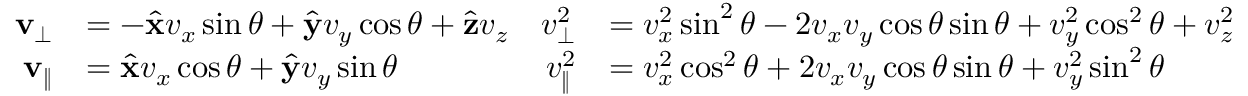
\begin{array} { r l r l } { \mathbf { v } _ { \perp } } & { = - \hat { \mathbf { x } } v _ { x } \sin \theta + \hat { \mathbf { y } } v _ { y } \cos \theta + \hat { \mathbf { z } } v _ { z } } & { v _ { \perp } ^ { 2 } } & { = v _ { x } ^ { 2 } \sin ^ { 2 } \theta - 2 v _ { x } v _ { y } \cos \theta \sin \theta + v _ { y } ^ { 2 } \cos ^ { 2 } \theta + v _ { z } ^ { 2 } } \\ { \mathbf { v } _ { \| } } & { = \hat { \mathbf { x } } v _ { x } \cos \theta + \hat { \mathbf { y } } v _ { y } \sin \theta } & { v _ { \| } ^ { 2 } } & { = v _ { x } ^ { 2 } \cos ^ { 2 } \theta + 2 v _ { x } v _ { y } \cos \theta \sin \theta + v _ { y } ^ { 2 } \sin ^ { 2 } \theta } \end{array}